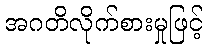
အဂတိလိုက်စားမှုဖြင့်